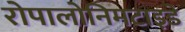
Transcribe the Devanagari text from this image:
रोपालोनिमटाइडे